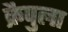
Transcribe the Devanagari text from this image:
क्रैपुला